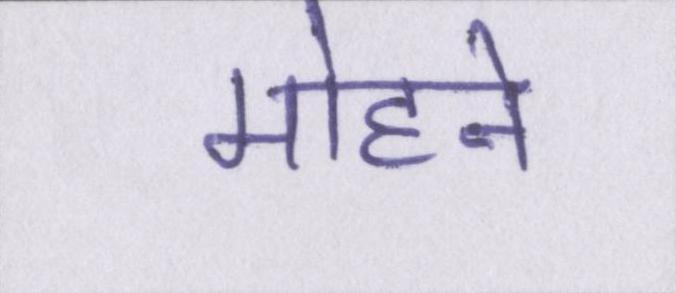
मोहने